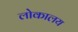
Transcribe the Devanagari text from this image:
लोकालय